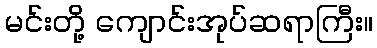
မင်းတို့ ကျောင်းအုပ်ဆရာကြီး။